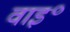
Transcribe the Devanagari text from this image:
वाइ॰